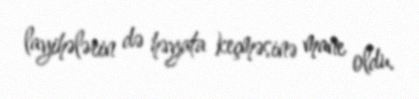
layihələrin də həyata keçməsinə mane oldu.